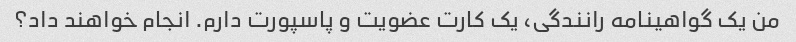
من یک گواهینامه رانندگی، یک کارت عضویت و پاسپورت دارم. انجام خواهند داد؟